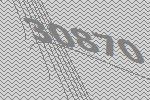
30870